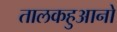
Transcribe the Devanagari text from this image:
तालकहुआनो